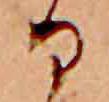
る